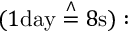
( 1 { \mathrm { d a y } } \; { \overset { \land } { = } } \; 8 { \mathrm { s } } ) :